Report on the bubonic plague in Bombay, 1896-1897
Year: 1896
Disease focus: Plague
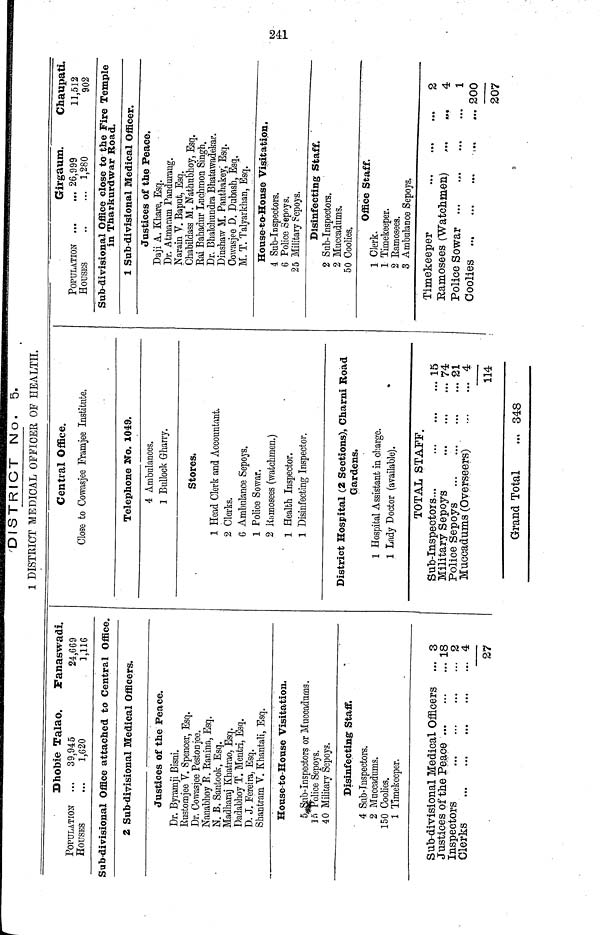
DISTRICT No-
5.
1 DISTRICT MEDICAL OFFICER OF HEALTH.
POPULATION
HOUSES
Dhobie Talao.
...
39,945
1,620
Fanaswadi.
24,669
1,116
Sub-divisional Office attached to Central Office.
2 Sub-divisional Medical Officers.
Justices of the Peace.
Dr. Byramji Bisni.
Bustomjee V. Spencer, Esq.
Dr. Cowasjee Pestonjee.
Nanabhoy B. Ranina, Esq.
N. B. Santook, Esq.
Madharai Khatrao, Esq.
Dadabhoy T. Mentri, Esq.
D. J. Fereira, Esq.
Shantram V. Ehantali, Esq.
House-to-House Visitation.
5 Sub-inspectors or Muccadums.
15 Police Sepoys.
40 Military Sepoys.
Disinfecting Staff.
4 Sab-Inspectors.
2 Muccadums.
150 Coolies.
1 Timekeeper.
Sub-divisional Medical Officers ...
Justices of the Peace
Inspectors ... ... ... ...
Clerks
3
18
2
4
27
Central Office.
Close to Cowasjee Framjee Institute.
Telephone No. 1049.
4 Ambulances.
1 Bnllock Gharry.
Stores.
1 Head Clerk and Accountant.
2 Clerks.
6 Ambulance Sepoys,
1 Police Sowar.
2 Ramosees (watchmen.)
1 Health Inspector.
1 Disinfecting Inspector.
District Hospital (2 Sections), Charni Road
Gardens.
1 Hospital Assistant in charge.
1 Lady Doctor (available).
TOTAL STAFF.
Sub-Inspectors...
Military Sepoys
Police Sepoys
Muccadums (Overseers)
Grand Total
... 348
. 15
. 74
. 21
. 4
114
POPULATION
...
HOUSES
Girgaum.
... 26,999
... 1,280
Chaupati.
11,512
902
Sub-divisional Office close to the Fire Temple
in Tharburdwar Road.
1 Sub-divisional Medical Officer.
Justices of the Peace.
Daji A. Khare, Esq.
Dr. Atmaram Pandurang.
Narain V. Baput, Esq.
Ohabildass M. Nathubhoy, Esq.
Bai Bahadur Luchmon Singh.
Dr. Bhalchundra Bhata wadekar.
Dinshaw M. Panthakey; Esq.
Cowasjee D. Dubash, Esq,
M. T. Talyarkhan, Esq.
House-to-House Visitation.
4 Sub-Inspectors.
6 Police Sepoys.
25 Military Sepoys.
Disinfecting Staff.
2 Sub-Inspectors.
2 Muccadums.
50 Coolies.
Office Staff.
1 Clerk.
1 Timekeeper.
2 Ramosees.
3 Ambulance Sepoys.
Timekeeper
Ramosees (Watchmen) ...
Police Sowar ...
2
».
4
1
... 200
207